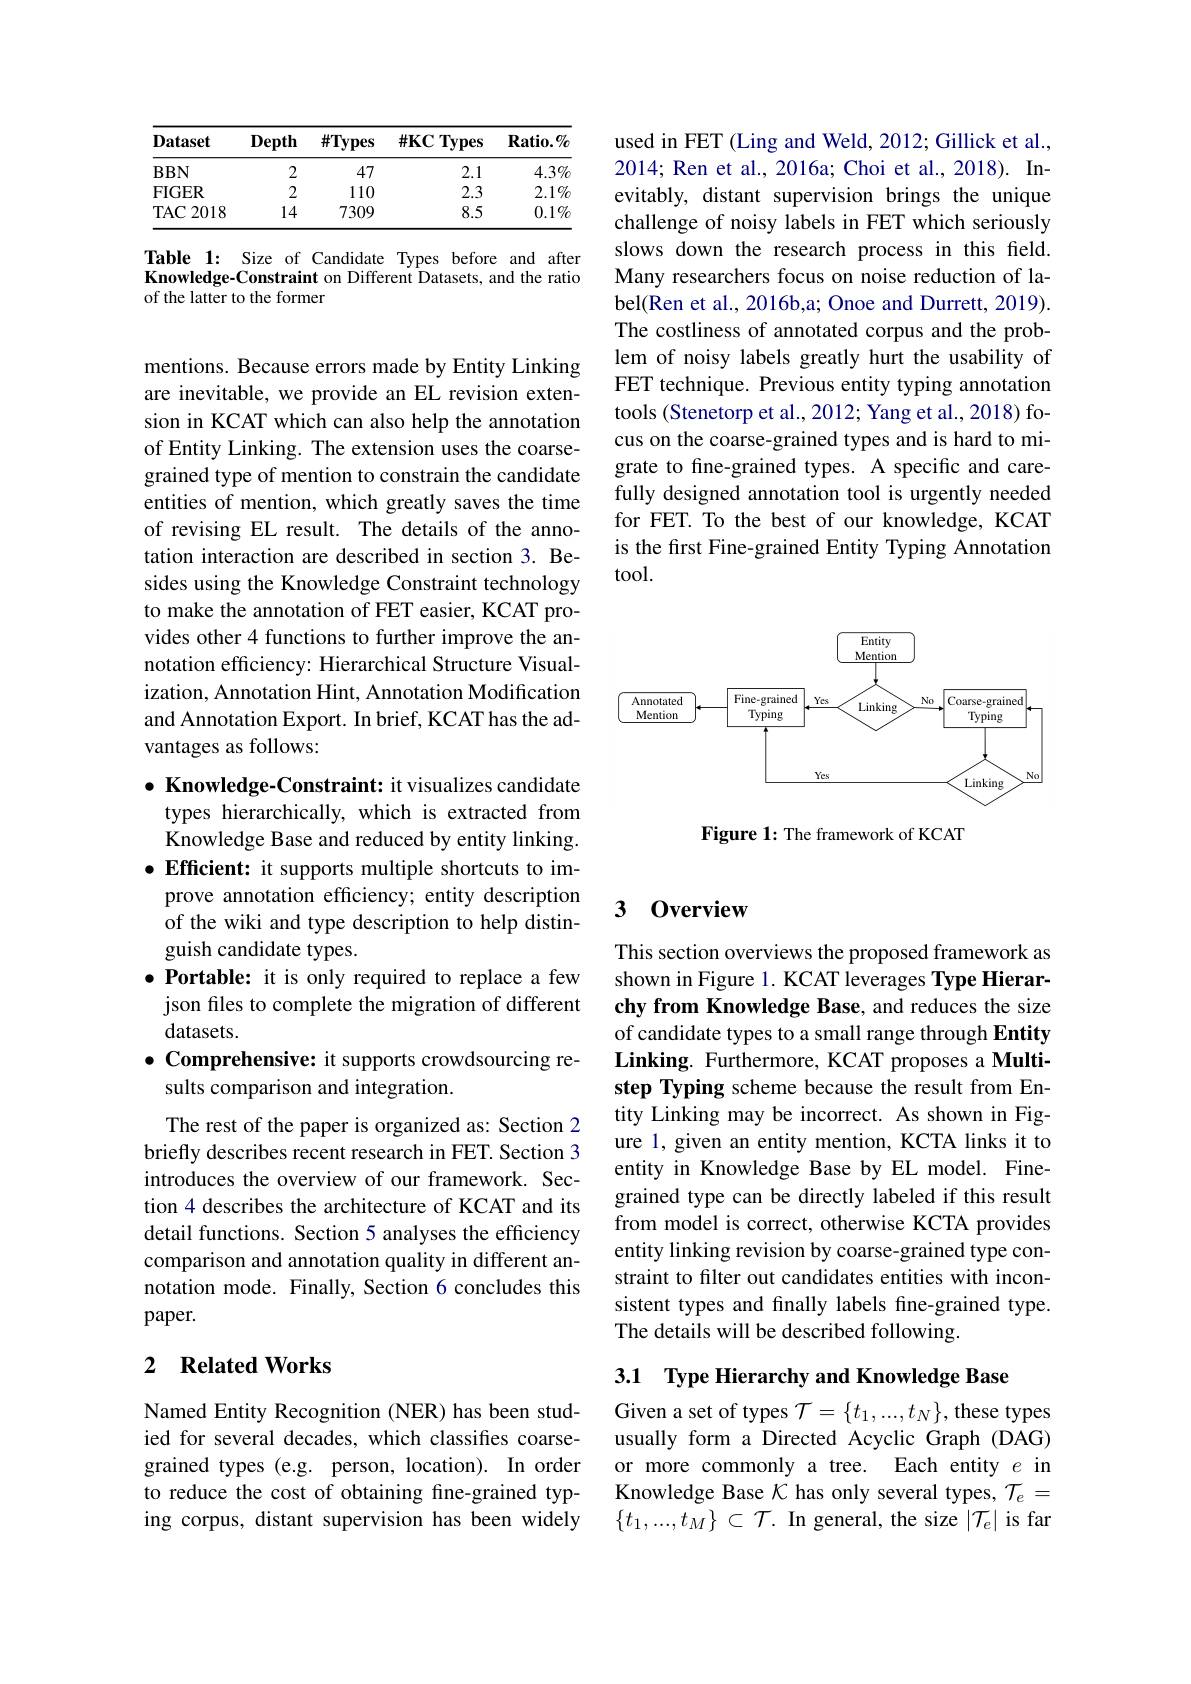
<table>
	<tbody>
		<tr>
			<th>Dataset</th>
			<th>Depth</th>
			<th>$\#$Types</th>
			<th>$\#\mathbf{KC}$ Types</th>
			<th>$\mathbf{R}_{\mathbf{a}\mathbf{t}\mathbf{i}\mathbf{0}}.\%$</th>
		</tr>
		<tr>
			<td>$BBN$</td>
			<td>2</td>
			<td>47</td>
			<td>2.1</td>
			<td>$4.3\%$</td>
		</tr>
		<tr>
			<td>FIGER</td>
			<td>2</td>
			<td>110</td>
			<td>2.3</td>
			<td>$2.1\%$</td>
		</tr>
		<tr>
			<td>TAC2018</td>
			<td>14</td>
			<td>7309</td>
			<td>8.5</td>
			<td>$0.1\%$</td>
		</tr>
	</tbody>
</table>

Table 1: Size of Candidate Types before and after Knowledge-Constraint on Different Datasets, and the ratio of the latter to the former

mentions. Because errors made by Entity Linking are inevitable, we provide an EL revision extension in KCAT which can also help the annotation of Entity Linking. The extension uses the coarsegrained type of mention to constrain the candidate entities of mention, which greatly saves the time of revising EL result. The details of the annotation interaction are described in section 3. Besides using the Knowledge Constraint technology to make the annotation of FET easier, KCAT provides other 4 functions to further improve the annotation efficiency: Hierarchical Structure Visualization, Annotation Hint, Annotation Modification and Annotation Export. In brief, KCAT has the advantages as follows:

$\bullet$ Knowledge-Constraint: it visualizes candidate types hierarchically, which is extracted from Knowledge Base and reduced by entity linking. $\bullet$ Efficient: it supports multiple shortcuts to improve annotation efficiency; entity description of the wiki and type description to help distinguish candidate types.
$\bullet$ Portable: it is only required to replace a few json files to complete the migration of different datasets.
$\bullet$ Comprehensive: it supports crowdsourcing re-
sults comparison and integration.
The rest of the paper is organized as: Section 2 briefly describes recent research in FET. Section 3 introduces the overview of our framework. Section 4 describes the architecture of KCAT and its detail functions. Section 5 analyses the efficiency comparison and annotation quality in different annotation mode. Finally, Section 6 concludes this paper.
2 $\textbf{Related Works}$

Named Entity Recognition (NER) has been studied for several decades, which classifies coarsegrained types (e.g. person, location). In order to reduce the cost of obtaining fine-grained typing corpus, distant supervision has been widely

used in FET (Ling and Weld, 2012; Gillick et al., 2014; Ren et al., 2016a; Choi et al., 2018). Inevitably, distant supervision brings the unique challenge of noisy labels in FET which seriously slows down the research process in this field. Many researchers focus on noise reduction of label(Ren et al., 2016b,a; Onoe and Durrett, 2019). The costliness of annotated corpus and the problem of noisy labels greatly hurt the usability of FET technique. Previous entity typing annotation tools (Stenetorp et al., 2012; Yang et al., 2018) focus on the coarse-grained types and is hard to migrate to fine-grained types. A specific and carefully designed annotation tool is urgently needed for FET. To the best of our knowledge, KCAT is the first Fine-grained Entity Typing Annotation tool.

<FigureHere>

Figure 1: The framework of KCAT

### 3 0verview

This section overviews the proposed framework as shown in Figure 1. KCAT leverages Type Hierarchy from Knowledge Base, and reduces the size of candidate types to a small range through Entity Linking. Furthermore, KCAT proposes a Multistep Typing scheme because the result from Entity Linking may be incorrect. As shown in Figure 1, given an entity mention, KCTA links it to entity in Knowledge Base by EL model. Finegrained type can be directly labeled if this result from model is correct, otherwise KCTA provides entity linking revision by coarse-grained type constraint to filter out candidates entities with inconsistent types and finally labels fine-grained type. The details will be described following.

3.1 Type Hierarchy and Knowledge Base

Given a set of types $\mathcal{T}=\{t_1,...,t_N\}$, these types usually form a Directed Acyclic Graph (DAG) or more commonly a tree. Each entity $e$ in Knowledge Base $\mathcal{K}$ has only several types, $\mathcal{T}_e=$ $\{t_1,...,t_M\}\subset\mathcal{T}.$ In general, the size $|\mathcal{T}_e|$ is far